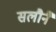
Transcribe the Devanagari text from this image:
सलौनैं